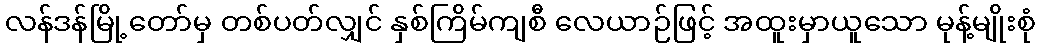
လန်ဒန်မြို့တော်မှ တစ်ပတ်လျှင် နှစ်ကြိမ်ကျစီ လေယာဉ်ဖြင့် အထူးမှာယူသော မုန့်မျိုးစုံ